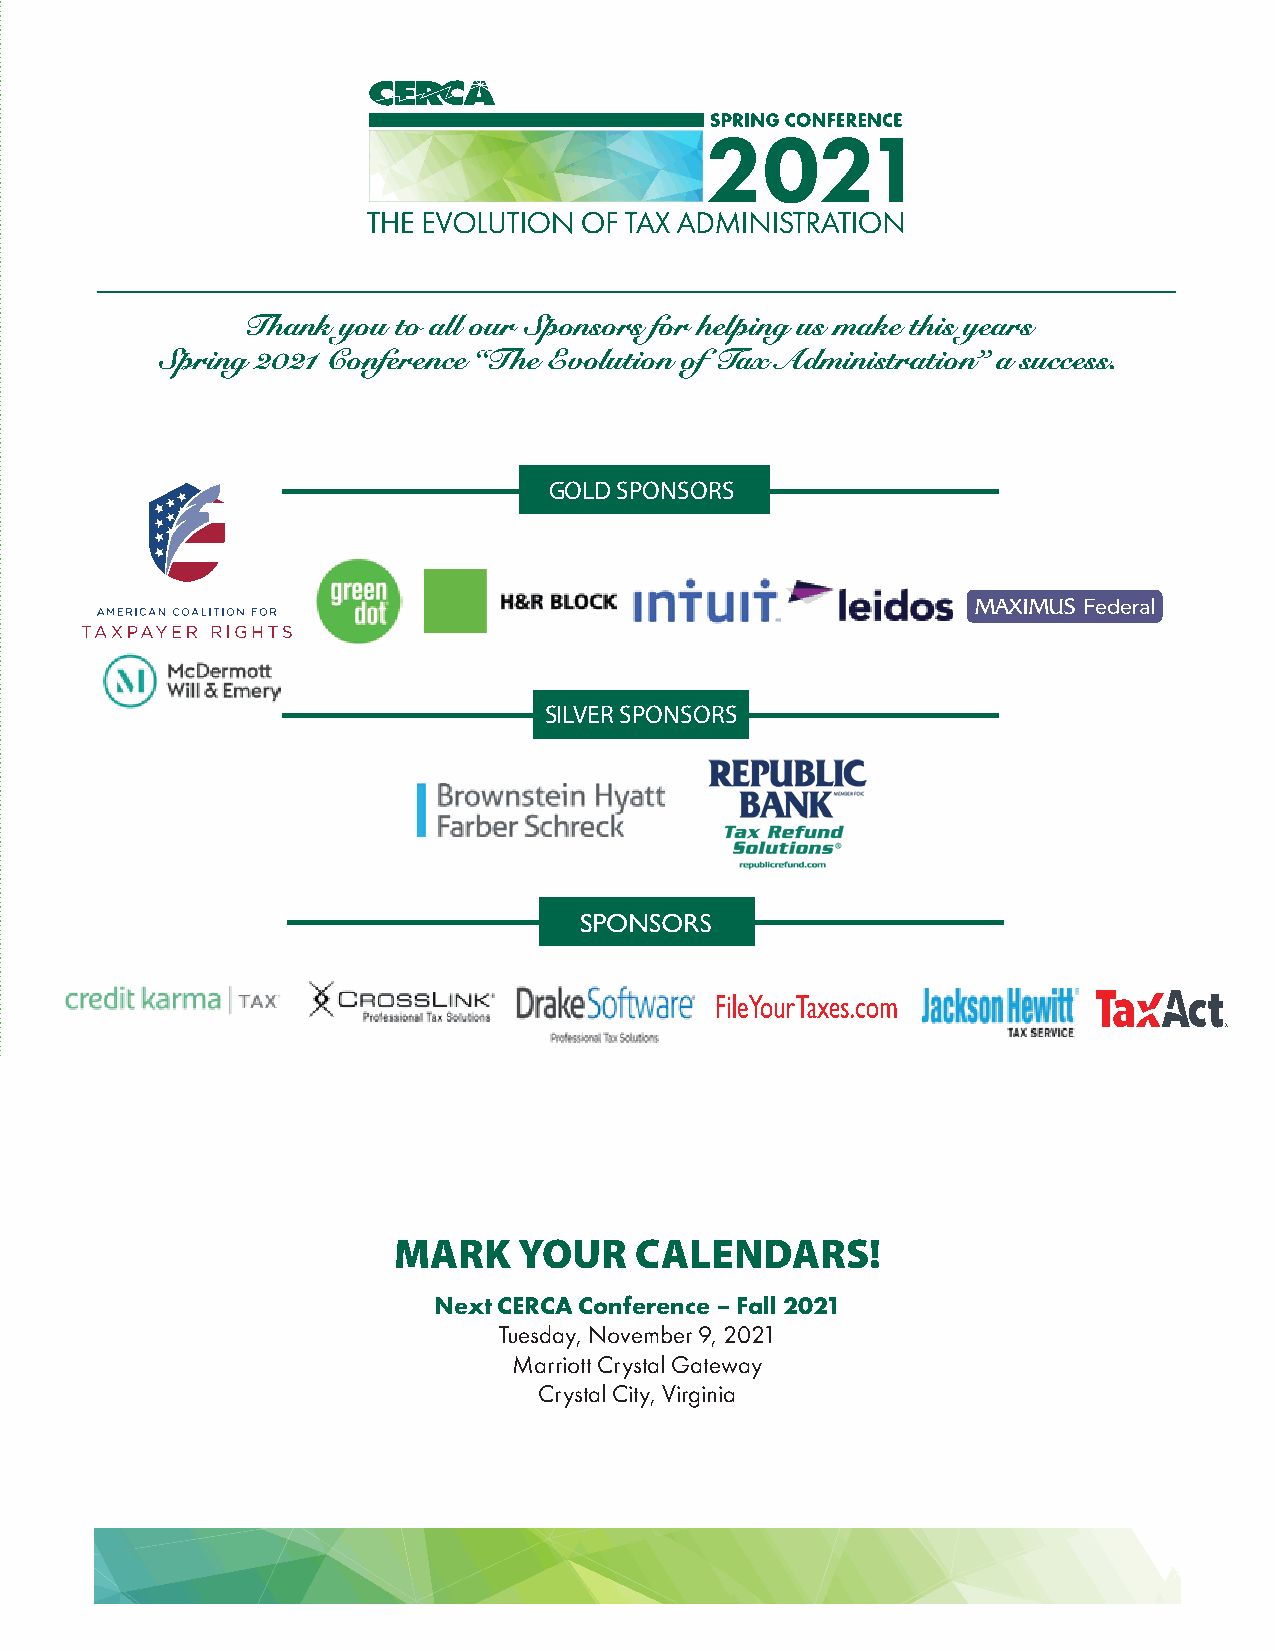
Thank  you to all our Sponsors for helping us make this years
 Spring 2021 Conference “The Evolution of Tax Administration” a success.
 GOLD SPONSORS
 SILVER SPONSORS
 MARK    YOUR    CALENDARS!
 Next CERCA Conference – Fall 2021
 Tuesday, November 9, 2021
 Marriott Crystal Gateway
 Crystal City, Virginia